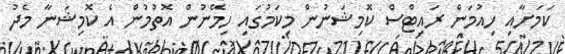
ކަމަށާއި ހިއުމަން ރައިޓްސް ކޮމިޝަނުން މިކަމުގައި ހިމޭނުން އޮތުމުން އެ ކޮމިޝަނާ މެދު